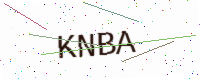
Text: KNBA